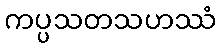
ကပ္ပသတသဟဿံ